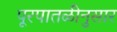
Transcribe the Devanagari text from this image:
पूरपातळीनुसार